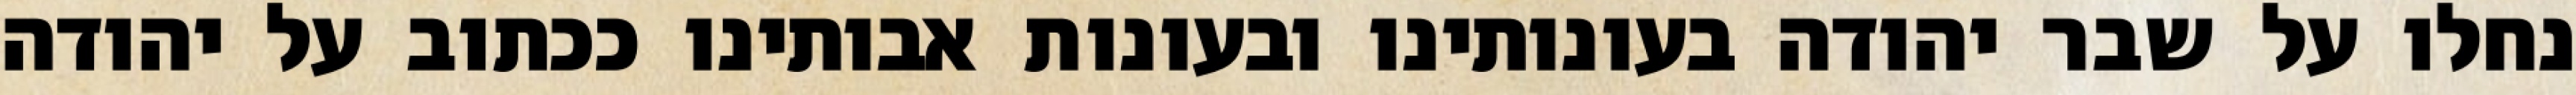
נחלו על שבר יהודה בעונותינו ובעונות אבותינו ככתוב על יהודה